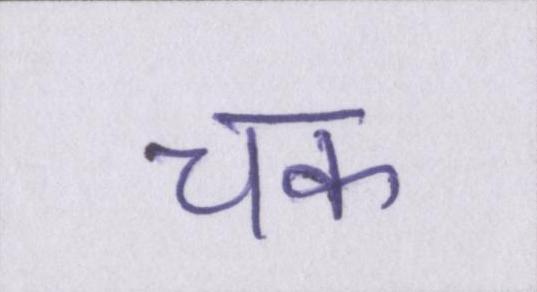
चक